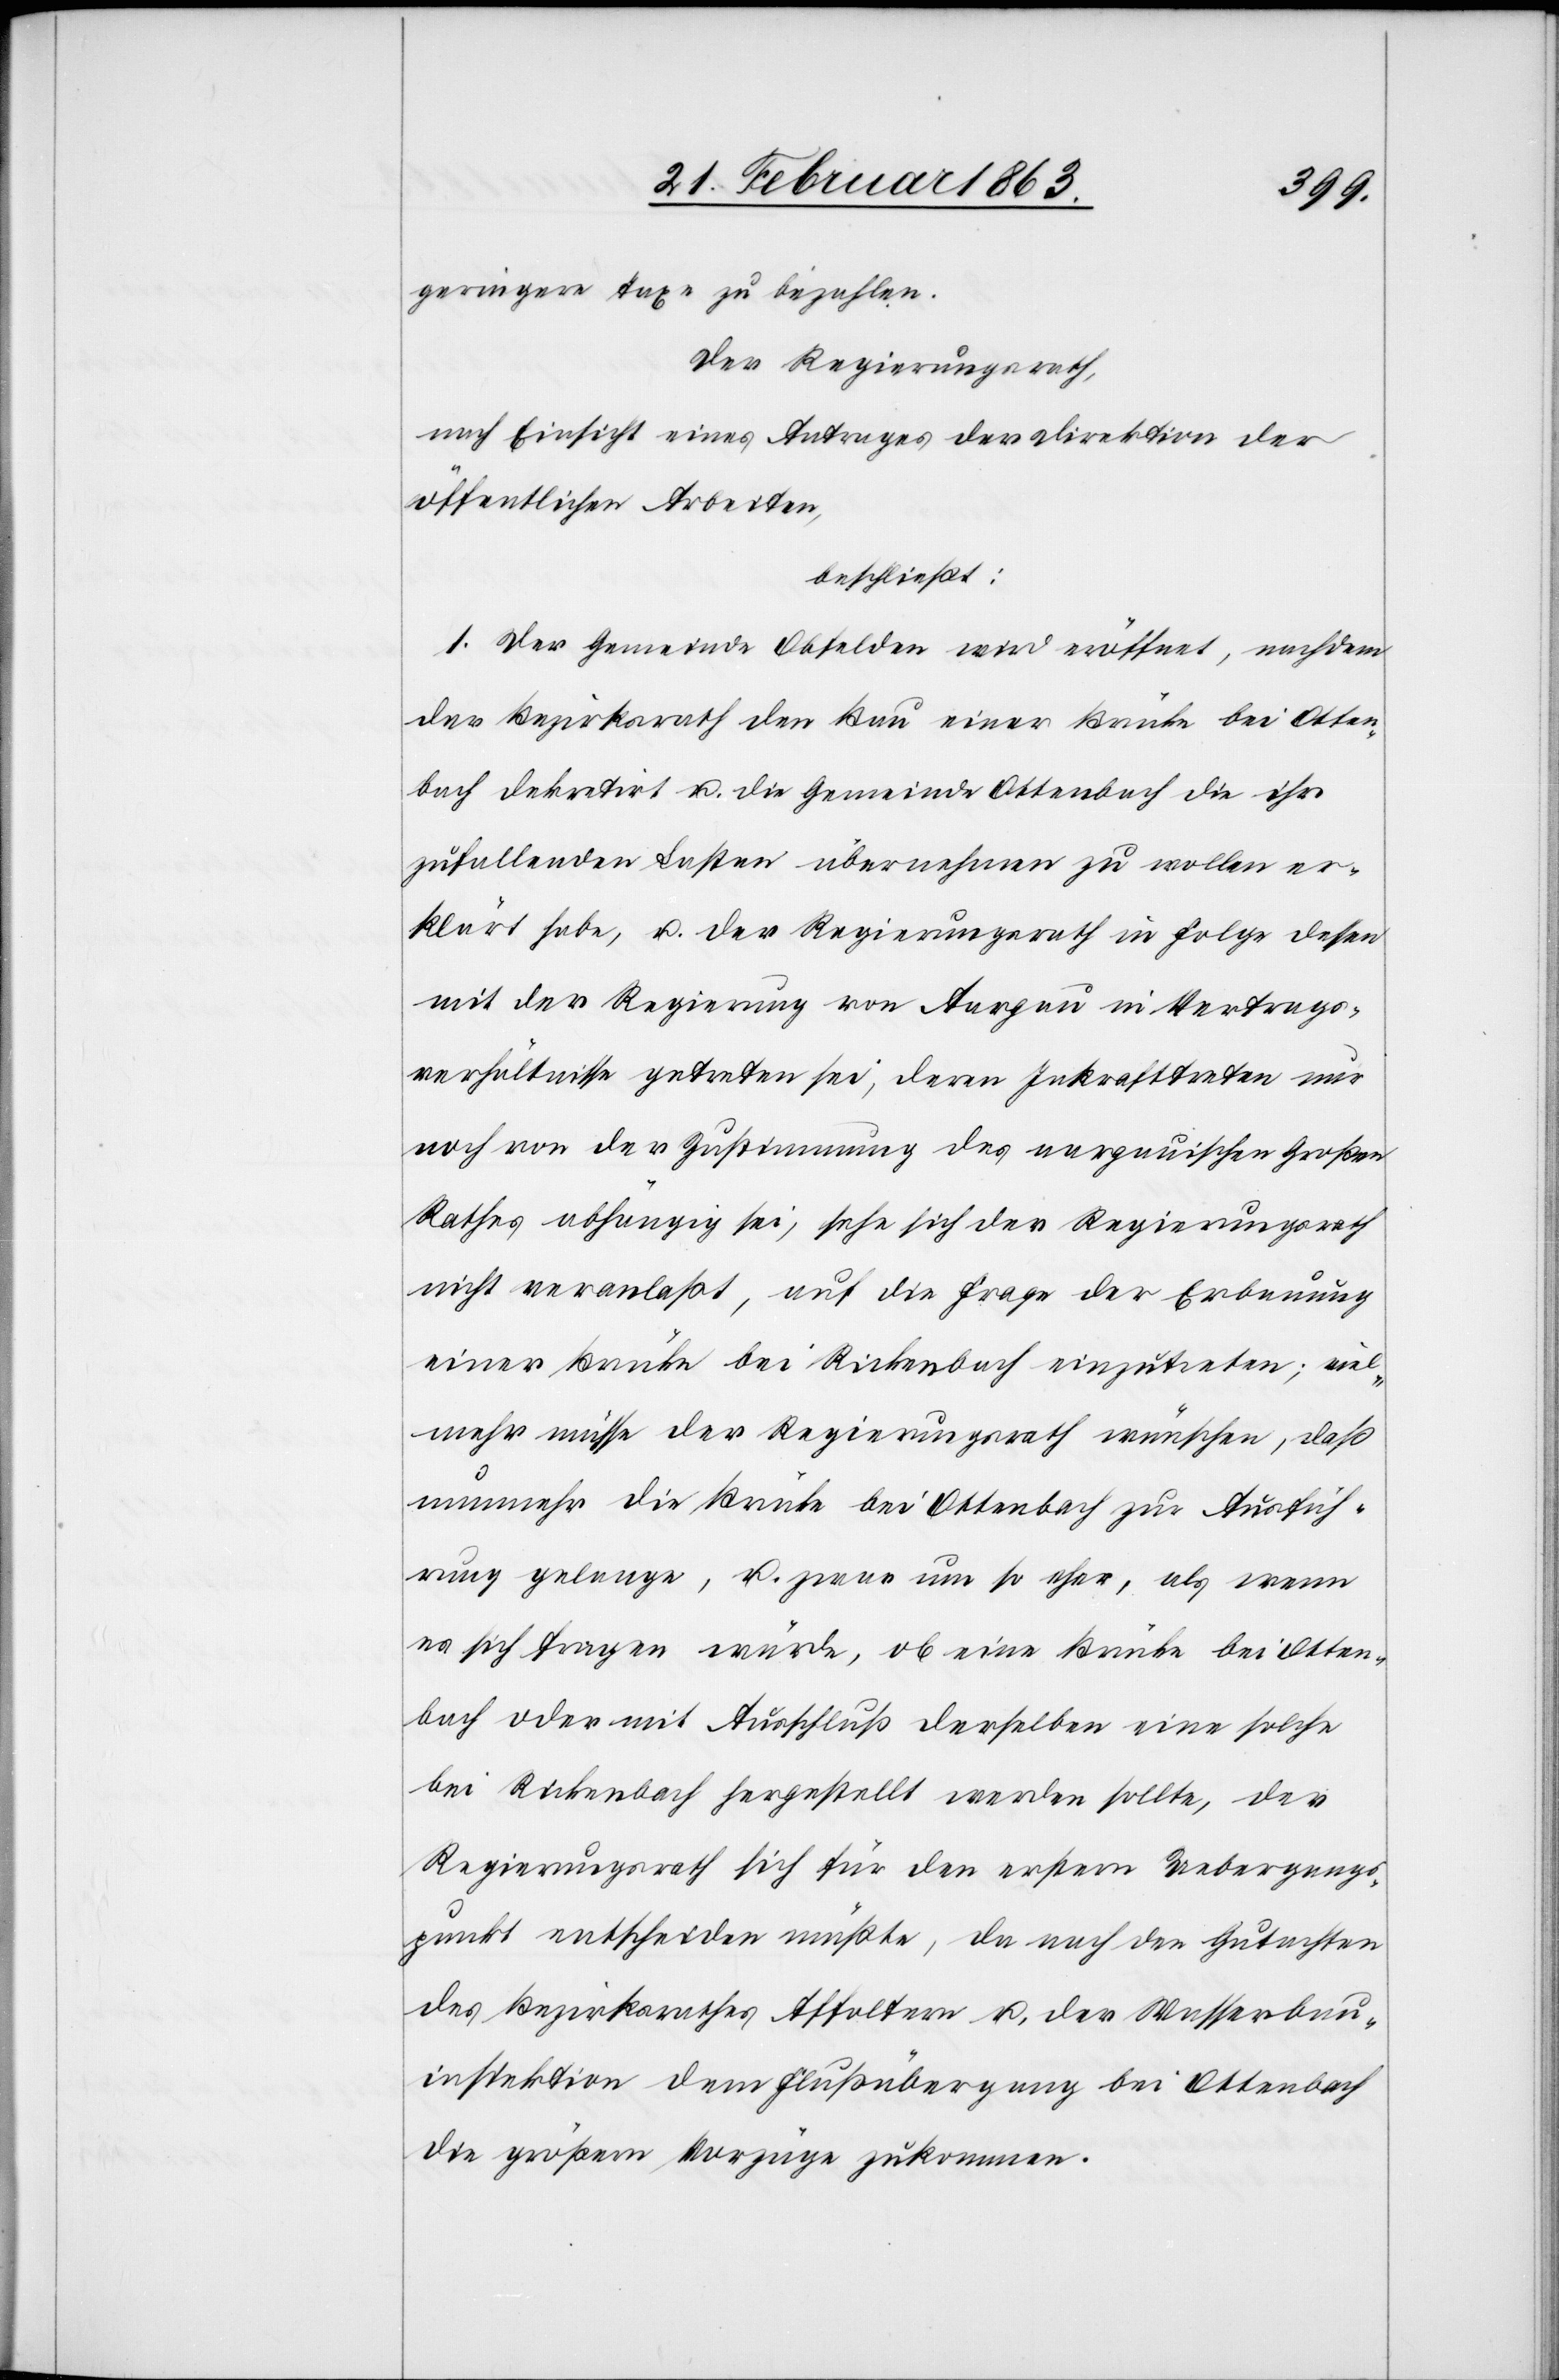
geringere Taxe zu bezahlen.“
Der Regierungsrath,
nach Einsicht eines Antrages der Direktion der
öffentlichen Arbeiten,
beschließt:
1. Der Gemeinde Obfelden wird eröffnet, nachdem
der Bezirksrath den Bau einer Brücke bei Otten¬
bach dekretirt u. die Gemeinde Ottenbach die ihr
zufallenden Lasten übernehmen zu wollen er¬
klärt habe, u. der Regierungsrath in Folge dessen
mit der Regierung von Aargau in Vertrags¬
verhältnisse getreten sei, deren Inkrafttreten nur
noch von der Zustimmung des aargauischen Großen
Rathes abhängig sei, sehe sich der Regierungsrath
nicht veranlaßt, auf die Frage der Erbauung
einer Brücke bei Rickenbach einzutreten; viel¬
mehr müsse der Regierungsrath wünschen, daß
nunmehr die Brücke bei Ottenbach zur Ausfüh¬
rung gelange, u. zwar um so eher, als wenn
es sich fragen würde, ob eine Brücke bei Otten¬
bach oder mit Ausschluß derselben eine solche
bei Rickenbach hergestellt werden sollte, der
Regierungsrath sich für den erstern Uebergangs¬
punkt entscheiden müßte, da nach den Gutachten
des Bezirksrathes Affoltern u. der Wasserbau¬
inspektion dem Flußübergang bei Ottenbach
die größern Vorzüge zukommen.